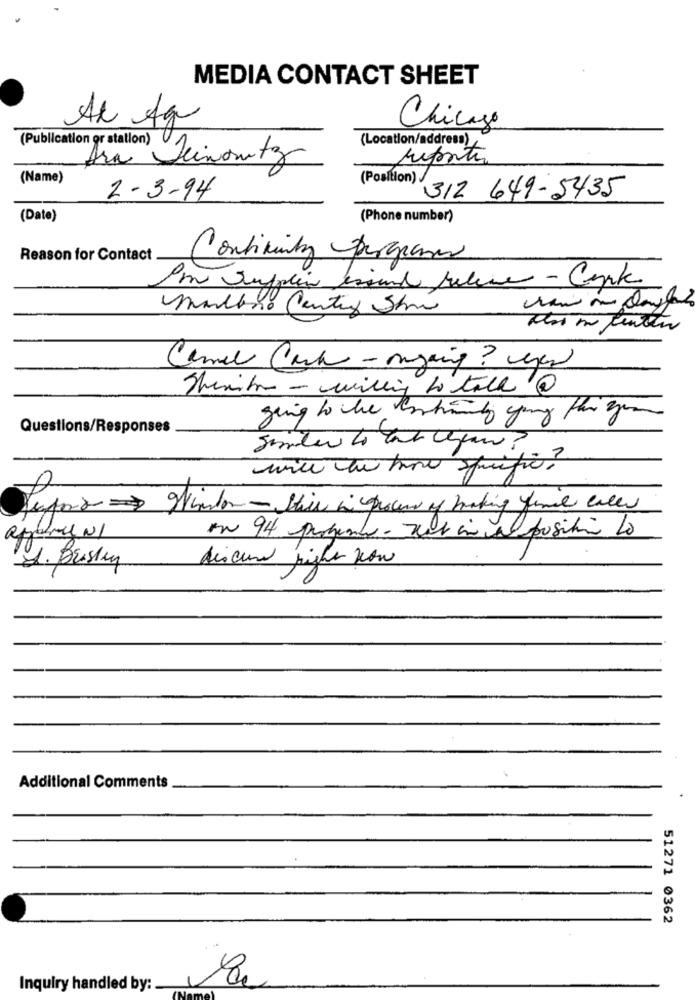
MEDIA CONTACT SHEET
Al Ag
Chicago
(Publication or station)
(Location/address)
Ara Seinautz
reporter
(Name)
(Position)
312 649-5435
2-3-94
(Date)
(Phone number)
Reason for Contact
Continuity programs
Im Surfplein istund Jelene - Conk
Camel Cash - ongoing? yer
going to che anhang young far you
Questions/Responses
Tefor Hendon - this in process of making final call
L. Brising
discure higher kon
Additional Comments
51271 0362
Inquiry handled by: